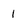
Character: 1